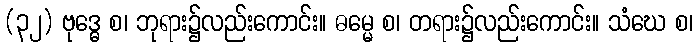
(၃၂) ဗုဒ္ဓေ စ၊ ဘုရား၌လည်းကောင်း။ ဓမ္မေ စ၊ တရား၌လည်းကောင်း။ သံဃေ စ၊